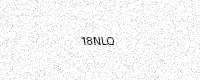
Text: 18NLQ